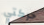
حركتي